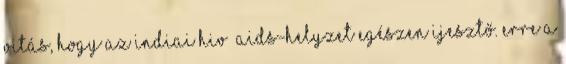
vitás, hogy az indiai hiv aids-helyzet egészen ijesztő. erre a